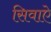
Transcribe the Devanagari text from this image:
सिवाऐ